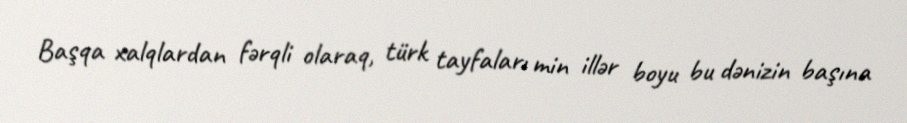
Başqa xalqlardan fərqli olaraq, türk tayfaları min illər boyu bu dənizin başına